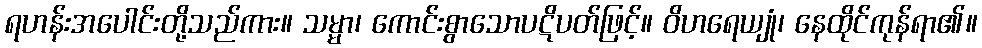
ရဟန်းအပေါင်းတို့သည်ကား။ သမ္မာ၊ ကောင်းစွာသောပဋိပတ်ဖြင့်။ ဝိဟရေယျုံ၊ နေထိုင်ကုန်ရာ၏။